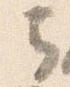
云